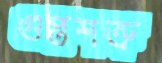
গুপ্তশত্রু